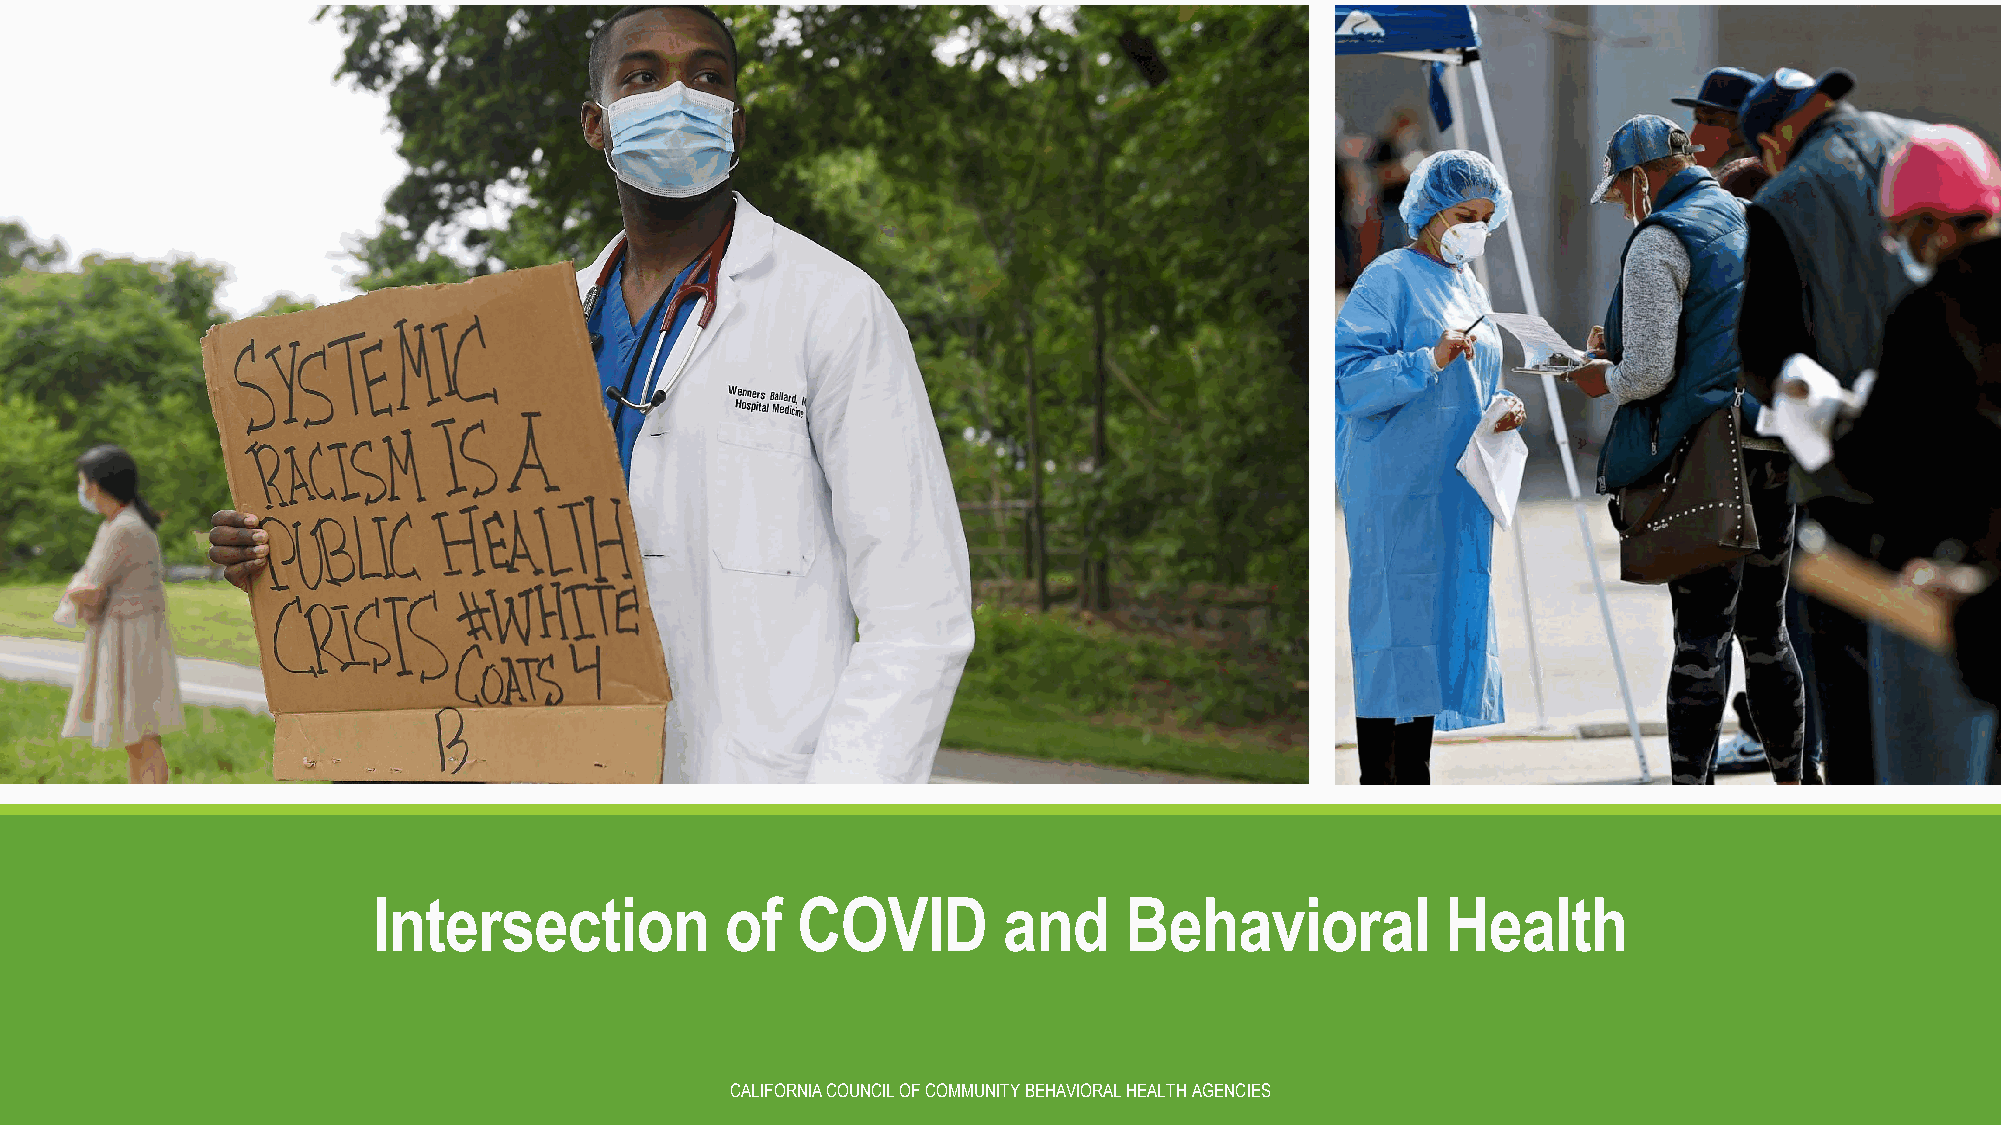
Intersection           of   COVID        and     Behavioral            Health
 CALIFORNIA COUNCIL OF COMMUNITY BEHAVIORAL HEALTH AGENCIES